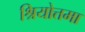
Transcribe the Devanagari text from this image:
श्रियोत्तमा